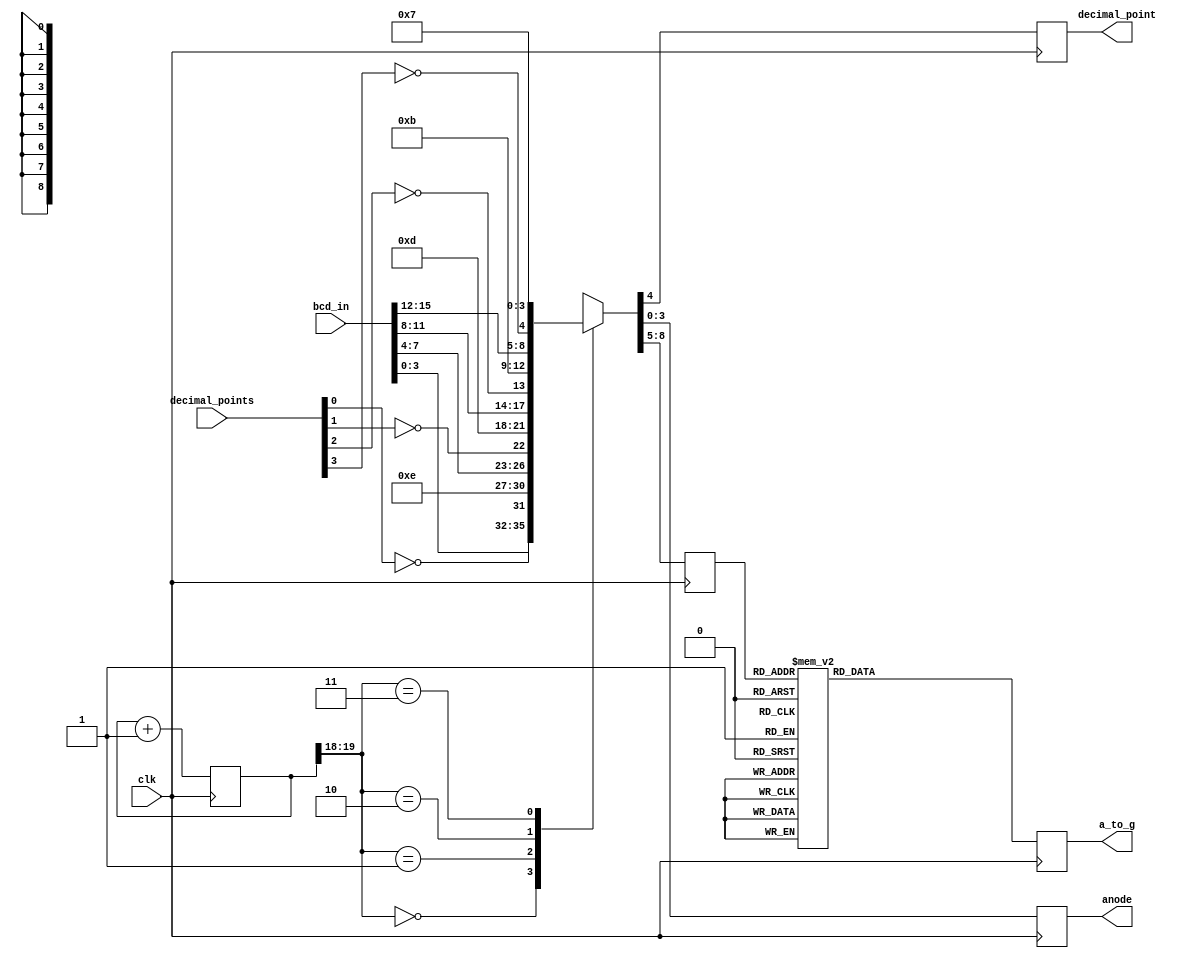
`timescale 1ns / 1ps
//////////////////////////////////////////////////////////////////////////////////
// Company: 
// Engineer: 
// 
// Design Name: 
// Module Name: seven_segment_display_x_4
// Project Name: 
// Target Devices: 
// Tool Versions: 
// Description: 
// 
// Dependencies: 
// 
// Revision:
// Revision 0.01 - File Created
// Additional Comments: Note that the segments are a_to_g with a in position 0, b in position 1, etc.
//                      The reverse assignments are commented out to the right.
//			            To turn off decimal point set the corresponding bit low.
// 
//////////////////////////////////////////////////////////////////////////////////


module seven_segment_display_x_4(
    input [15:0] bcd_in,
    input [3:0] decimal_points,
    input clk,
    output reg [6:0] a_to_g,
    output reg decimal_point,
    output reg [3:0] anode
    );
    
wire [1:0] counter;
reg [3:0] digit;
reg [19:0] clkdiv;    
         
assign counter = clkdiv[19:18];   //count every 2.6 ms  (with 100 MHz clock)
    
//4 to 1 MUX
always @(posedge clk)
    case(counter)
        0: {digit, decimal_point, anode} = {bcd_in[3:0], ~decimal_points[0],  4'b1110};
        1: {digit, decimal_point, anode} = {bcd_in[7:4], ~decimal_points[1],  4'b1101};
        2: {digit, decimal_point, anode} = {bcd_in[11:8], ~decimal_points[2], 4'b1011};
        3: {digit, decimal_point, anode} = {bcd_in[15:12], ~decimal_points[3],4'b0111};
     endcase
    
//7-segment decoder 
always @(posedge clk)
     case(digit)
        0: a_to_g = 8'b1000000;  // 8'b0000001;
        1: a_to_g = 8'b1111001;  // 8'b1001111;
        2: a_to_g = 8'b0100100;  // 8'b0010010;
        3: a_to_g = 8'b0110000;  // 8'b0000110;
        4: a_to_g = 8'b0011001;  // 8'b1001100;
        5: a_to_g = 8'b0010010;  // 8'b0100100;
        6: a_to_g = 8'b0000010;  // 8'b0100000;
        7: a_to_g = 8'b1111000;  // 8'b0001111;
        8: a_to_g = 8'b0000000;  // 8'b0000000;
        9: a_to_g = 8'b0010000;  // 8'b0000100;
        default: a_to_g = 8'b11111111;  //default to blank
    endcase
          
         
//clock divider 
always  @ (posedge clk)
       begin
        clkdiv <= clkdiv + 20'b1;
       end 
           
endmodule